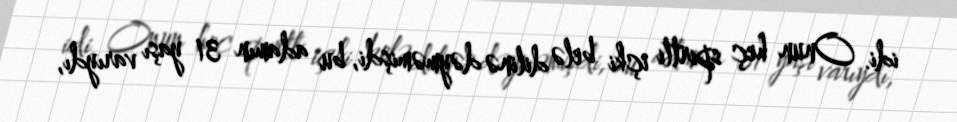
idi. Onun heç spirtli içki belə dilinə dəyməmişdi, bu adamın 31 yaşı varıydı,